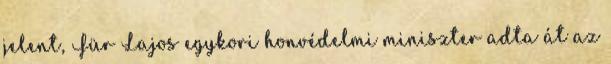
jelent, Für Lajos egykori honvédelmi miniszter adta át az